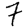
Digit: 7